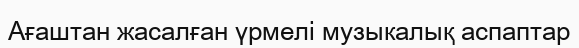
Ағаштан жасалған үрмелі музыкалық аспаптар